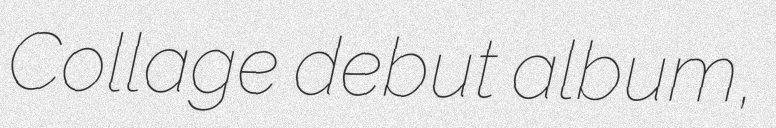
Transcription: Collage debut album,